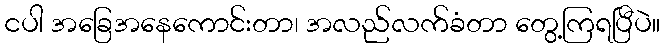
ငပါ အခြေအနေကောင်းတာ၊ အလည်လက်ခံတာ တွေ့ကြရပြီပဲ။